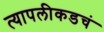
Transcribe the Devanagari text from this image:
त्यापलीकडचं